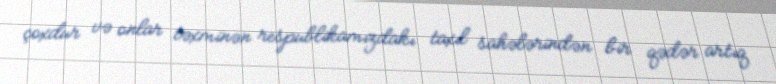
çoxdur və onlar təxminən respublikamızdakı taxıl sahələrindən bir qədər artıq